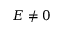
E \neq 0